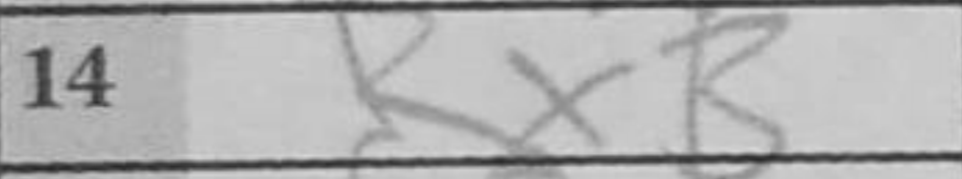
Transcription: RxB